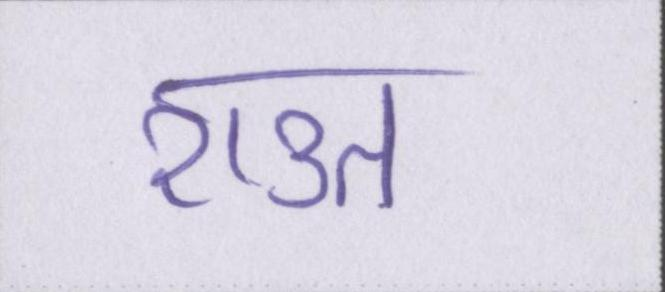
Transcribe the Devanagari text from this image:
राउत